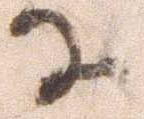
に